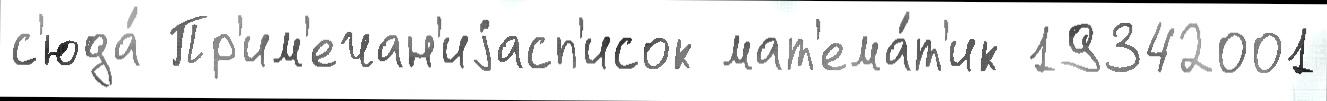
с'юда́ Пр'им'ечан'иjасп'исок мат'ема́т'ик 19342001